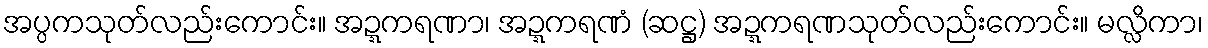
အပ္ပကသုတ်လည်းကောင်း။ အဍ္ဍကရဏာ၊ အဍ္ဍကရဏံ (ဆဋ္ဌ) အဍ္ဍကရဏသုတ်လည်းကောင်း။ မလ္လိကာ၊